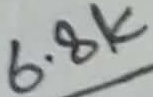
Text: 6.8K